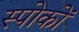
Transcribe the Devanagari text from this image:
स्पोकों